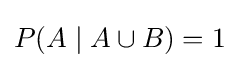
P(A\mid A\cup B)=1